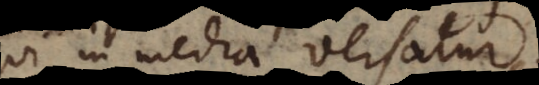
qui in medio versatur